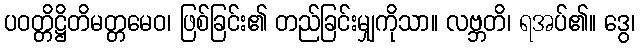
ပဝတ္တိဋ္ဌိတိမတ္တမေဝ၊ ဖြစ်ခြင်း၏ တည်ခြင်းမျှကိုသာ။ လဗ္ဘတိ၊ ရအပ်၏။ ဒွေ၊